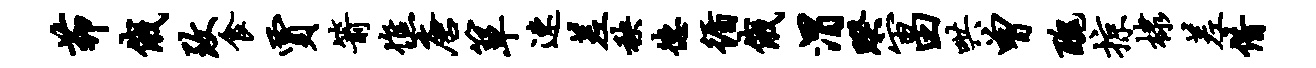
茆俄致食贾箭憔唐箪速差秧德循俄渭睽宙田哄曾丑掠棣差借